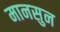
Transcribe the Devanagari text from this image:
मानसुन